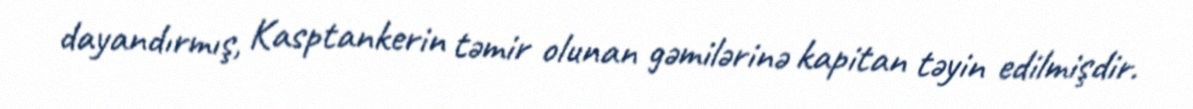
dayandırmış, Kasptankerin təmir olunan gəmilərinə kapitan təyin edilmişdir.